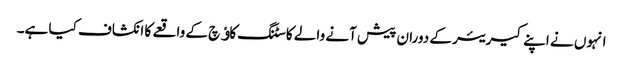
انہوں نے اپنے کیریئر کے دوران پیش آنے والے کاسٹنگ کاﺅچ کے واقعے کا انکشاف کیا ہے۔